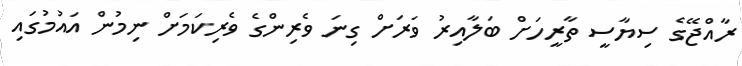
ރާއްޖޭގެ ސިޔާސީ ތާރީހަށް ބަލާއިރު ވަރަށް ގިނަ ވެރިންގެ ވެރިކަމަށް ނިމުން އައުމުގައި